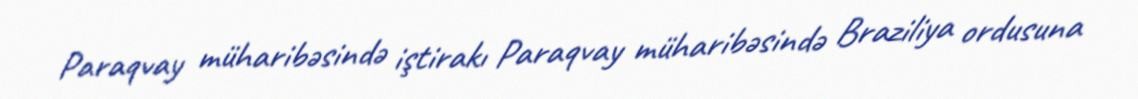
Paraqvay müharibəsində iştirakı Paraqvay müharibəsində Braziliya ordusuna